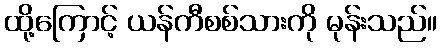
ထို့ကြောင့် ယန်ကီစစ်သားကို မုန်းသည်။